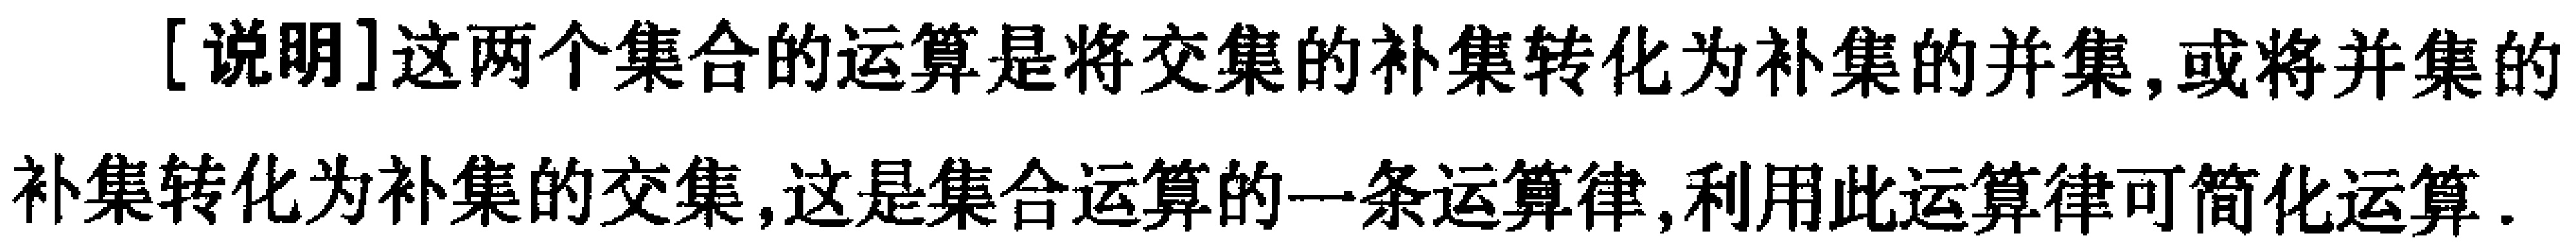
[说明]这两个集合的运算是将交集的补集转化为补集的并集,或将并集的补集转化为补集的交集,这是集合运算的一条运算律,利用此运算律可简化运算.